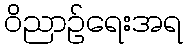
ဝိညာဉ်ရေးအရ